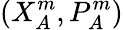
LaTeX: \left(X_{A}^{m},{P_{A}^{m}}\right)